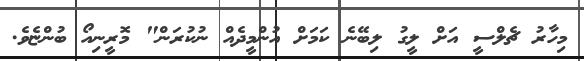
މިހާރު ޗެލްސީ އަށް ލީގު ލިބޭނެ ކަމަށް އުންމީދެއް ނުކުރަން" މޮރީނިއޯ ބުންޏެވެ.